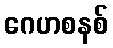
ဂေဟစနစ်